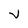
Character: V